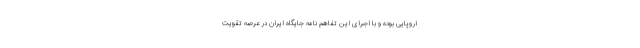
اروپایی بوده و با اجرای این تفاهم نامه جایگاه ایران در عرصه تقویت